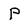
Character: P